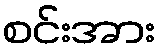
စင်းအား